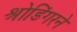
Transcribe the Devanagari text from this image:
श्रोडिंगरने